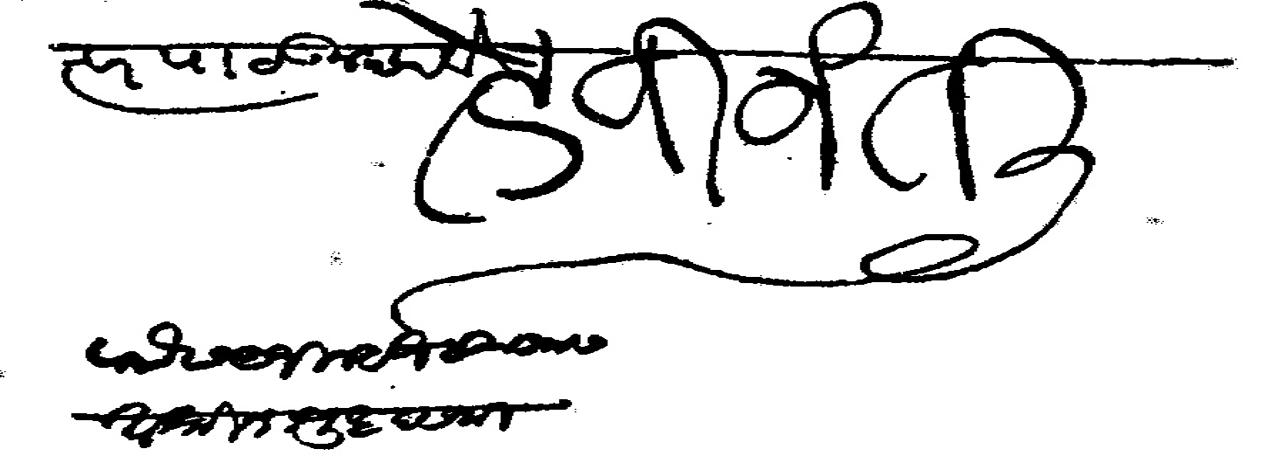
Transliteration (Devanagari): सत्वर पाठवून द्यावे हे विनती पाौ ९ जिल्हेज सु खमस अश्विन शुद्ध दशमी